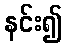
နင်း၍